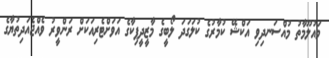
މައުލޫމާތު މުއްސަނދިވި އަކްޝޭ ކުމާރުގެ ކުލަގަދަ ލޯބީގެ މާޒީދީޕިކާގެ އަވަށްޓެރިއަކަށް ރަންވީރު ވެއްޖެއަދިތުޔާގެ